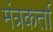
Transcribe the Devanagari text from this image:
मंत्रकर्ता